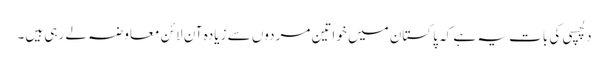
دلچسپی کی بات یہ ہے کہ پاکستان میں خواتین مردوں سے زیادہ آن لائن معاوضہ لے رہی ہیں۔